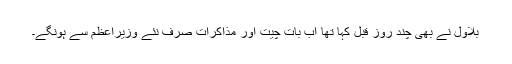
بلاول نے بھی چند روز قبل کہا تھا اب بات چیت اور مذاکرات صرف نئے وزیراعظم سے ہونگے۔